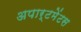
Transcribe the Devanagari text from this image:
अपार्टमेंटस